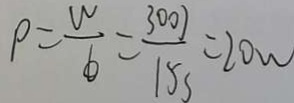
P = \frac { w } { b } = \frac { 3 0 0 J } { 1 5 s } = 2 0 w